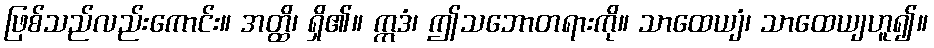
ဖြစ်သည်လည်းကောင်း။ အတ္ထိ၊ ရှိ၏။ ဣဒံ၊ ဤသဘောတရားကို။ သာထေယျံ၊ သာထေယျဟူ၍။